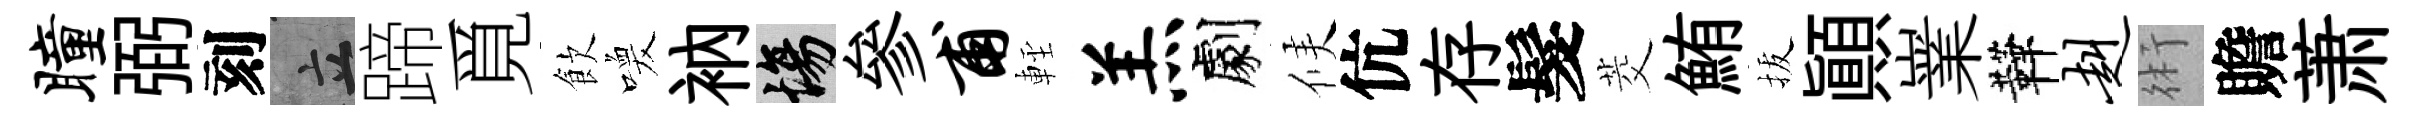
瞳弼刻立蹄覓飲喚衲場參甫䡖羔劇候伉存髮茭鮪拔顚嶪鞾赳術贍萧